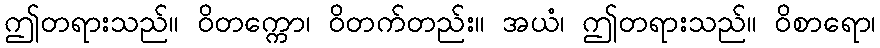
ဤတရားသည်။ ဝိတက္ကော၊ ဝိတက်တည်း။ အယံ၊ ဤတရားသည်။ ဝိစာရော၊